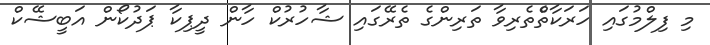
މި ފިލްމުގައި ހަރަކާތްެތެރިވާ ތަރިންގެ ތެރޭގައި ޝާހުރުކް ހާން ދީޕިކާ ޕަދުކޯން އަބީޝޭކް